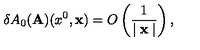
\delta A _ { 0 } ( { \bf A } ) ( x ^ { 0 } , { \bf x } ) = O \left( \frac { 1 } { \mid { \bf x } \mid } \right) ,